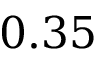
0 . 3 5